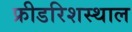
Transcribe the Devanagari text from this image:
फ्रीडरिशस्थाल